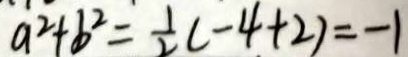
a ^ { 2 } + b ^ { 2 } = \frac { 1 } { 2 } ( - 4 + 2 ) = - 1